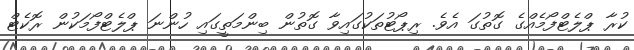
ކުރާ ޕްލެޓްފޯމެއްގެ ގޮތުގަ އެވެ. ރިޕޯޓުތަކުގައިވާ ގޮތުން ބިންމަތީގައި ހުންނަ ޕްލެޓްފޯމަކުން ރޮކެޓް